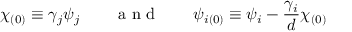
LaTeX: \chi _ { ( 0 ) } \equiv \gamma _ { j } \psi _ { j } \qquad \textup { a n d } \qquad \psi _ { i ( 0 ) } \equiv \psi _ { i } - \frac { \gamma _ { i } } { d } \chi _ { ( 0 ) }